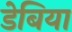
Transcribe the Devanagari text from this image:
डेबिया